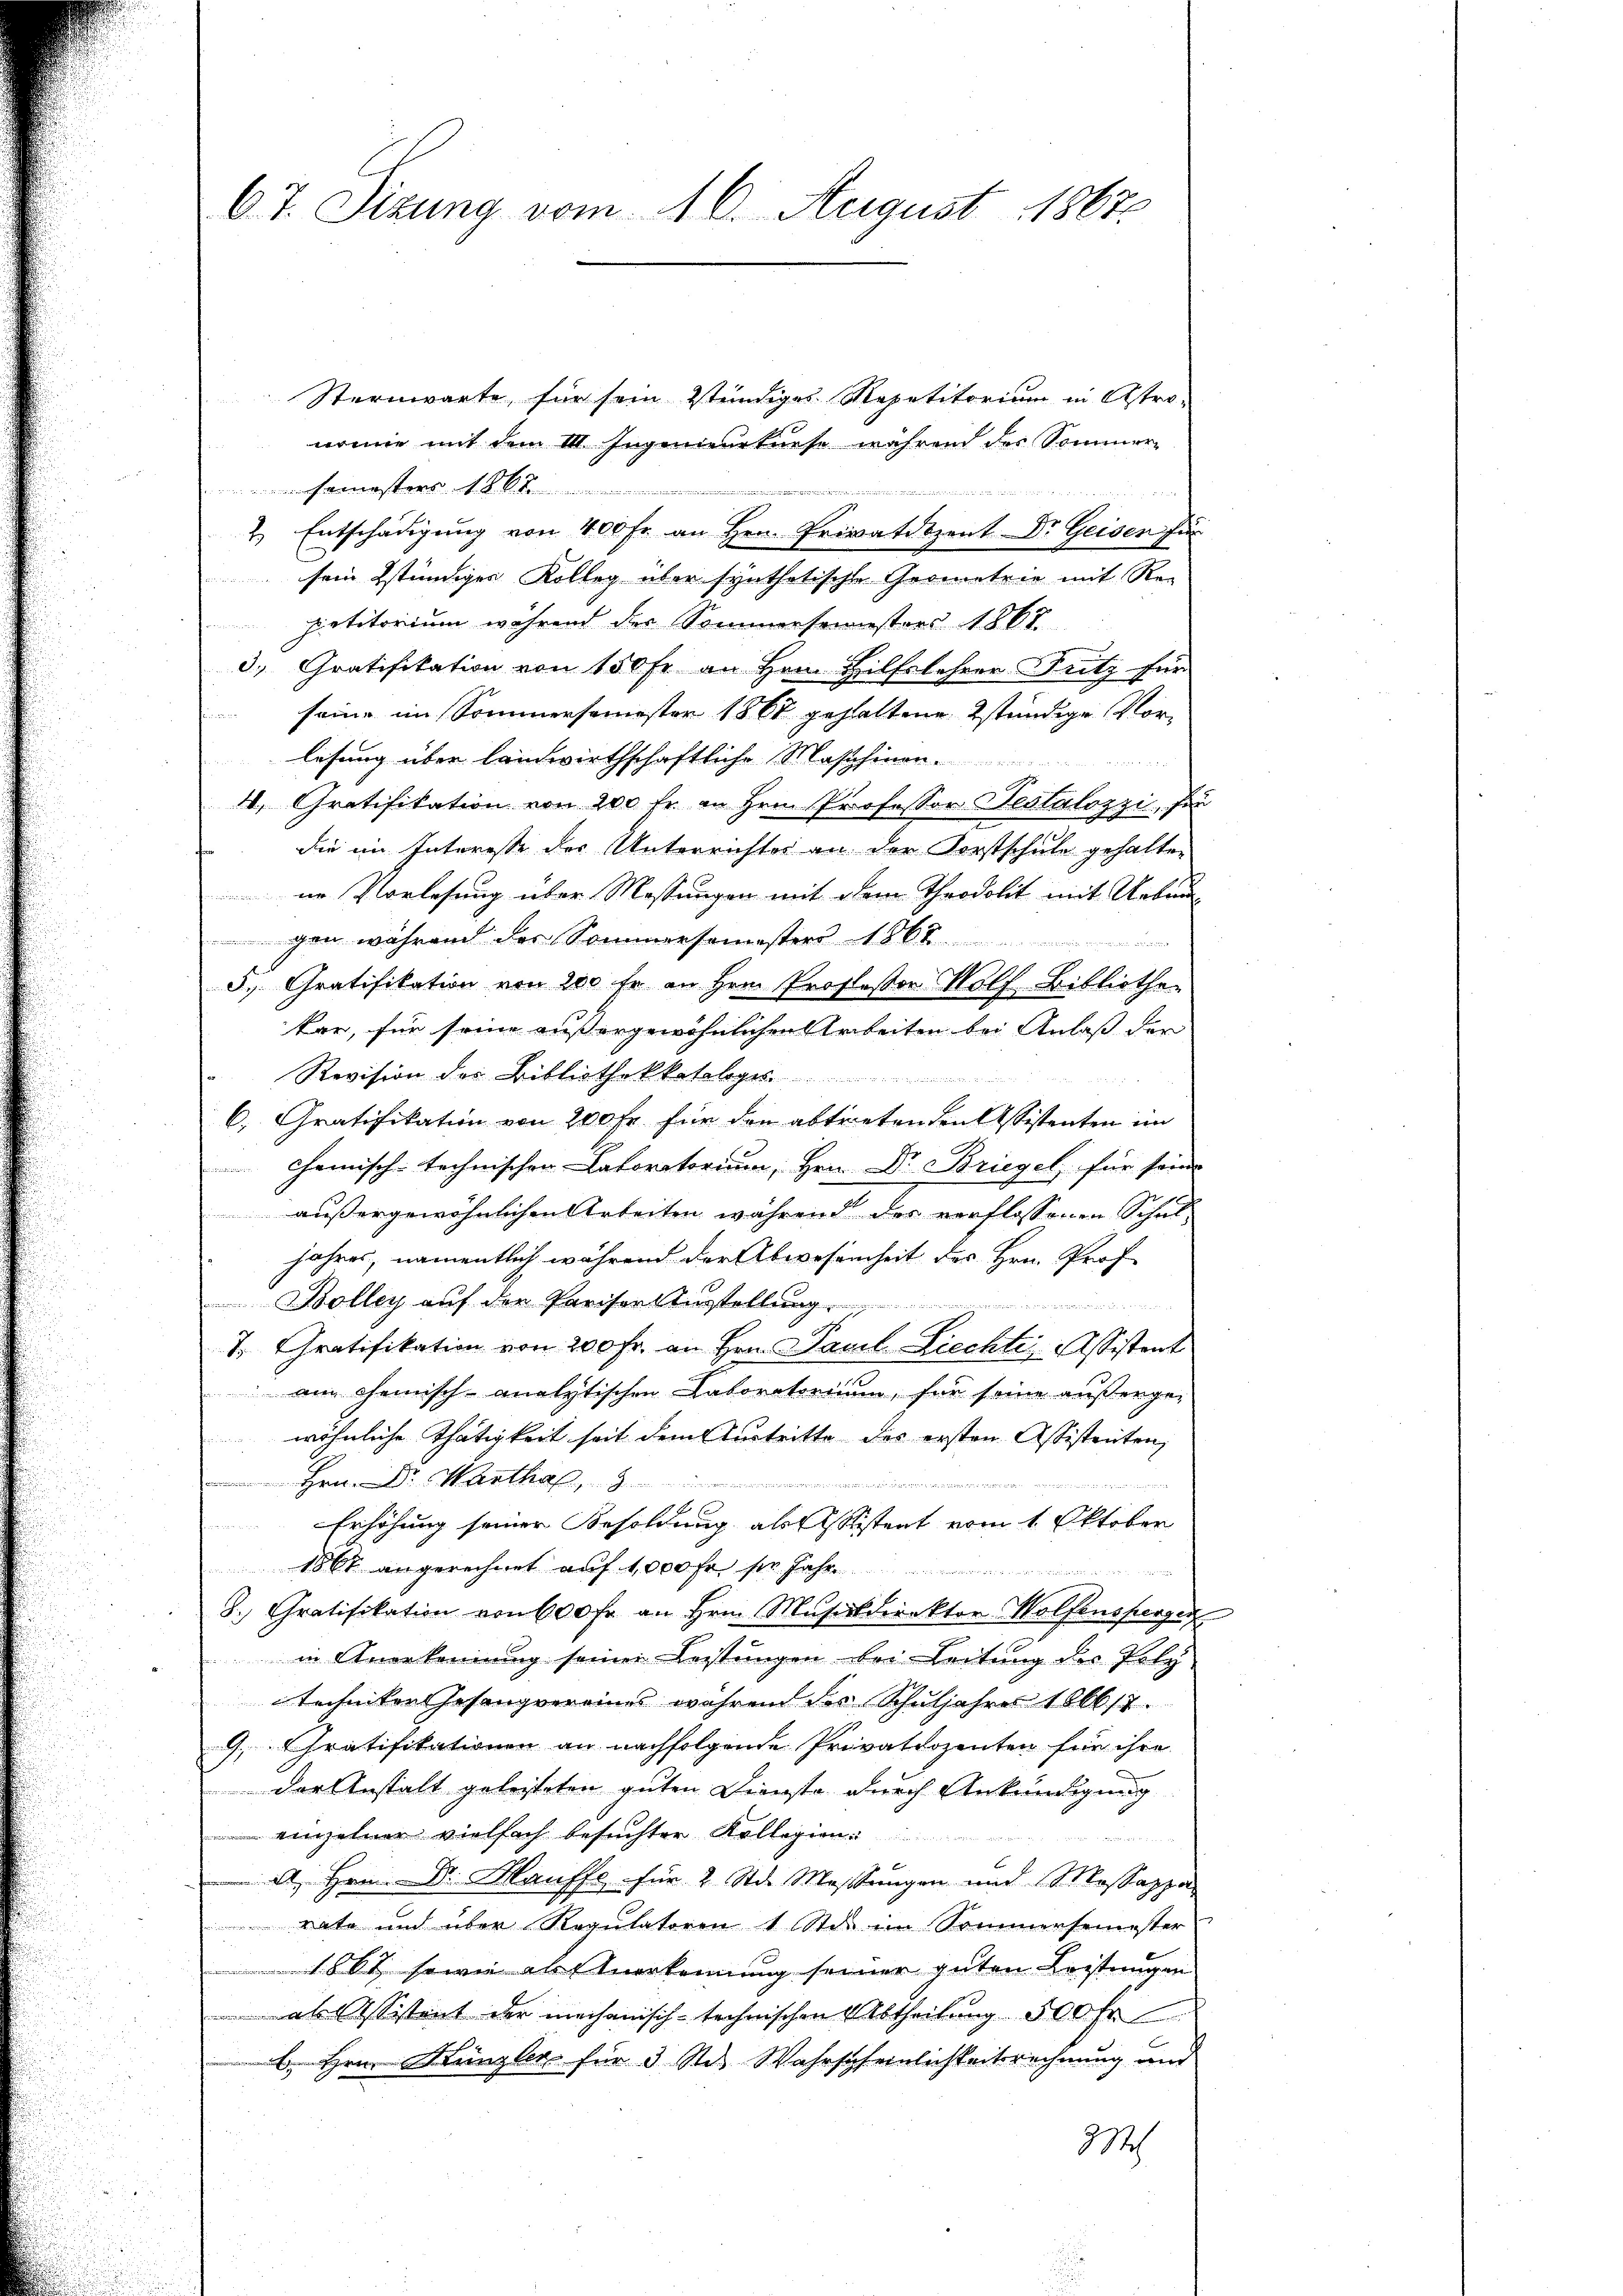
67. Sizung vom 16. August 1867.

Sternwarte, für sein stündiges Repetitorium in Astronomne mit dem III Ingenieurkurse während des Sommer-
semesters 186
 12 x
2. Entschädigung von 400 fr. an Hrn. Privatdozent Dr. Geisen für
sein stündiger Kolleg über synthetische Grometrie mit Re-
petitorium während der Sommersemesters 1867
3. Gratifikation von 150 Fr. an Hern Hilfslehrer Futz für
 seine im Sommersemester 1867 gehaltene ständige Vorlesung über leinwirthschaftliche Maschinen
4. Gratifikation von 200 fr. an Hrn. Professor Testalozzi, für
die im Interesse der Unterrichtes an der Forstschule gehalten
nn Vorlesung über Messungen mit dem Theodolit mit Uebungen während des Sommersemesters 1864
5. Gratifikation von 200 fr an Hrn. Professor Wolf Bibliothe-
kan, für seine außergewöhnlichen Arbeiten bei Anlaß der
Revision der Bibliothekkatalog
6. Gratifikation von 200 Fr. für den abtretenden Kistenten im
Chemisch-technischen Laboratorium, Hrn. Dr. Briegel für seine
außergewöhnlichen Arbeiten während des verflossenen Schul-
jahres, namentlich während der Abwesenheit des Hrn. Prof
Bolleg auf den Parisort Ausstellung
T. Gratifikation von 200 Fr. an Hrn. Paul Liechte Assistent
am chemisch-analytischen Laboratorium, für seine außerge-
wöhnliche Thätigkeit seit dem Austritte des ersten Assistenten,
Hrn. Dr. Marthal
inde de seiner
Erhöhung seiner Besoldung als Assistent vom 1. Oktober
1867 angerechnet auf 1,000 fr. sie Jahr
 diese
8. Gratifikation von 600 fr an Hrn. Mŭsikdirektor Wolfensperger
 in Anerkennung seiner Leistungen bei Leitung des Poly
technikon Gesangvereines wahrend der Schuljahres 1866/7.
9. Gratifikationen an nachfolgende Privatdozenten für ihre
der Anstalt gelasteten guten Dienste durch Ankündigung
einzelner vielfach besuchter Kollegien

A. Hrn. Dr. Hauffe für 2 Std. Mastungen und Mossappa
vate und über Regulatoren 1 Stis im Sommersemester
1864 sowie als Anerkennung seiner guten Leistungen
 als Assistent der mechanisch-technischen Abtheilung 500 Fr.
 Hrn. Künzler für 3 Stes Wahrscheinlichkeitsrechnung und
372